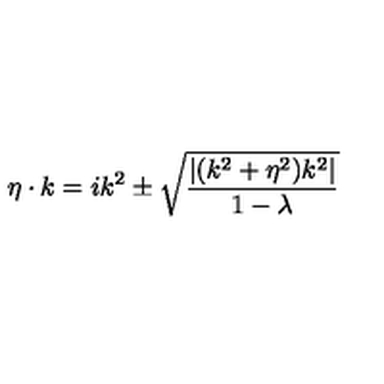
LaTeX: \eta \cdot k = i k ^ { 2 } \pm \sqrt { { \frac { | ( k ^ { 2 } + \eta ^ { 2 } ) k ^ { 2 } | } { 1 - \lambda } } }